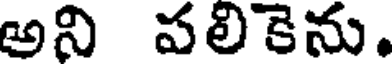
అని పలికెను.